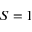
S = 1